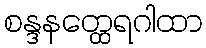
စန္ဒနတ္ထေရဂါထာ